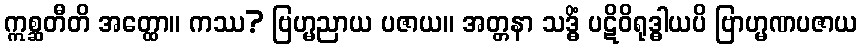
ဣစ္ဆတီတိ အတ္ထော။ ကဿ? ဗြဟ္မညာယ ပဇာယ။ အတ္တနာ သဒ္ဓိံ ပဋိဝိရုဒ္ဓါယပိ ဗြာဟ္မဏပဇာယ